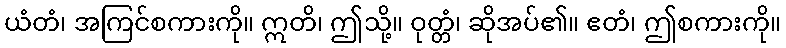
ယံတံ၊ အကြင်စကားကို။ ဣတိ၊ ဤသို့။ ဝုတ္တံ၊ ဆိုအပ်၏။ ဧတံ၊ ဤစကားကို။